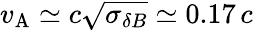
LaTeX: v_{\mathrm{A}}\simeq c\sqrt{\sigma_{\delta B}}\simeq 0.17\, c